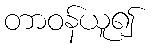
တာဝန်ယူ၍